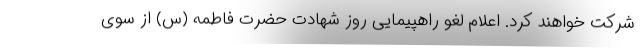
شرکت خواهند کرد. اعلام لغو راهپیمایی روز شهادت حضرت فاطمه (س) از سوی